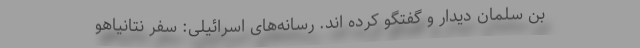
بن سلمان دیدار و گفتگو کرده اند. رسانه‌های اسرائیلی: سفر نتانیاهو